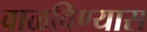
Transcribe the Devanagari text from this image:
वाळविण्यास